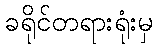
ခရိုင်တရားရုံးမှ